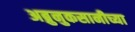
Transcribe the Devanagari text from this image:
अब्रुनुकसानीच्या